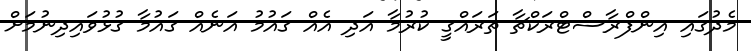
މެދުގައި އިންފްރާސްޓްރަކްޗާ ތަރައްގީ ކުރުމާ އަދި އެއް ގައުމު އަނެއް ގައުމާ ގުޅުވައިދިނުމަށް